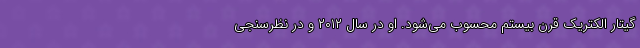
گیتار الکتریک قرن بیستم محسوب می‌شود. او در سال ۲۰۱۲ و در نظرسنجی